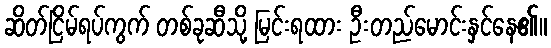
ဆိတ်ငြိမ်ရပ်ကွက် တစ်ခုဆီသို့ မြင်းရထား ဦးတည်မောင်းနှင်နေ၏။